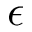
\epsilon